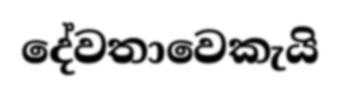
දේවතාවෙකැයි